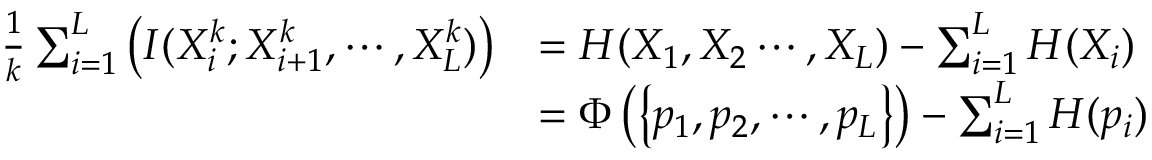
\begin{array} { r l } { \frac { 1 } { k } \sum _ { i = 1 } ^ { L } \left( I ( X _ { i } ^ { k } ; X _ { i + 1 } ^ { k } , \cdots , X _ { L } ^ { k } ) \right) } & { = H ( X _ { 1 } , X _ { 2 } \cdots , X _ { L } ) - \sum _ { i = 1 } ^ { L } H ( X _ { i } ) } \\ & { = \Phi \left( \left\{ p _ { 1 } , p _ { 2 } , \cdots , p _ { L } \right\} \right) - \sum _ { i = 1 } ^ { L } H ( p _ { i } ) } \end{array}